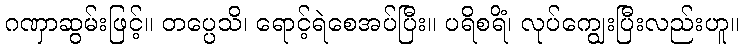
ဂဏှာဆွမ်းဖြင့်။ တပ္ပေသိ၊ ရောင့်ရဲစေအပ်ပြီး။ ပရိစရိံ၊ လုပ်ကျွေးပြီးလည်းဟူ။